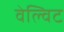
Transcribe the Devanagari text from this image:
वेल्विट